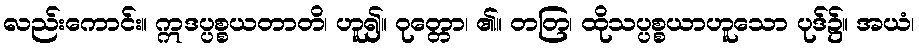
လည်းကောင်း။ ဣဒပ္ပစ္စယတာတိ၊ ဟူ၍။ ဝုတ္တော၊ ၏။ တတြ၊ ထိုသပ္ပစ္စယာဟူသော ပုဒ်၌။ အယံ၊